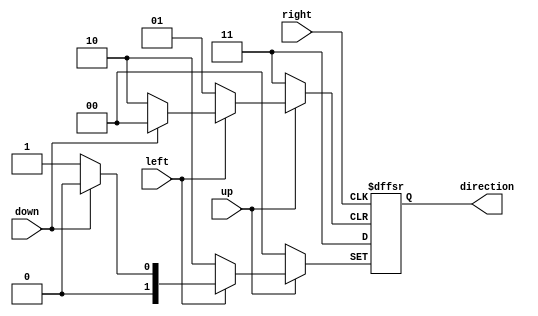
module changeDirec(up,down,left,right,direction);
input up,down,left,right;
output[1:0] direction;
reg [1:0] direction;

always@(negedge up or negedge down or negedge right or negedge left)
begin

	if(up == 1'b0)
	begin
	direction=2'b00;//up
	end
	else if(down == 1'b0)
	begin
	direction=2'b01;//down
	end
	else if(left == 1'b0)
	begin
	direction=2'b10;//left
	end
	else if(right == 1'b0)
	begin
	direction=2'b11;//right
	end
	else
	begin
	direction = direction;
	end
end

endmodule